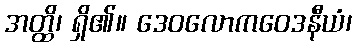
အတ္ထိ၊ ရှိ၏။ ဒေဝလောကဝေဒနီယံ၊